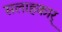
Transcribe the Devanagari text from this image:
सलाहकार्